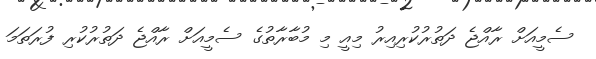
ސެމީއަށް ރާއްޖެ ދަތުރުކުރިއިރު މިއީ މި މުބާރާތުގެ ސެމީއަށް ރާއްޖެ ދަތުރުކުރި ފުރަތަމަ